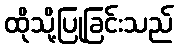
ထိုသို့ပြုခြင်းသည်